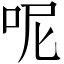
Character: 呢